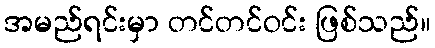
အမည်ရင်းမှာ တင်တင်ဝင်း ဖြစ်သည်။